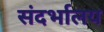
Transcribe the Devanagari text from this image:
संदर्भालय